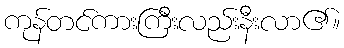
ကုန်တင်ကားကြီးလည်းနီးလာ၏။